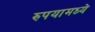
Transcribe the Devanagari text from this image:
रुपयामध्ये